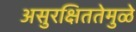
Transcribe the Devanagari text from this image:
असुरक्षिततेमुळे